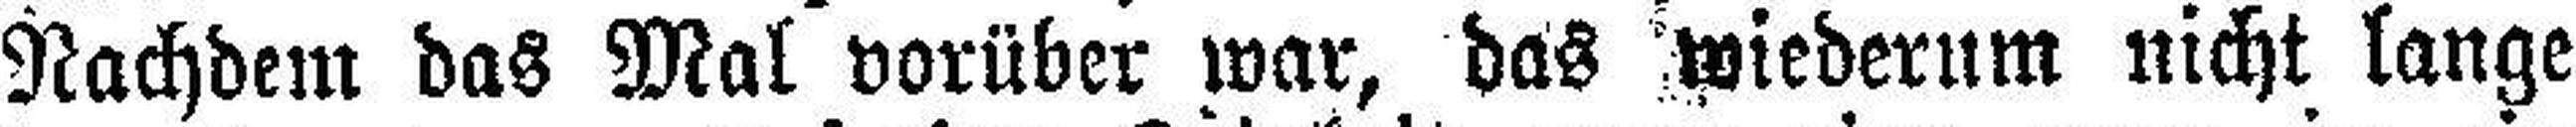
Nachdem das Mal vorüber war, das wiederum nicht lange